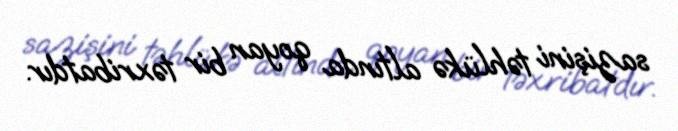
sazişini təhlükə altında qoyan bir təxribatdır.